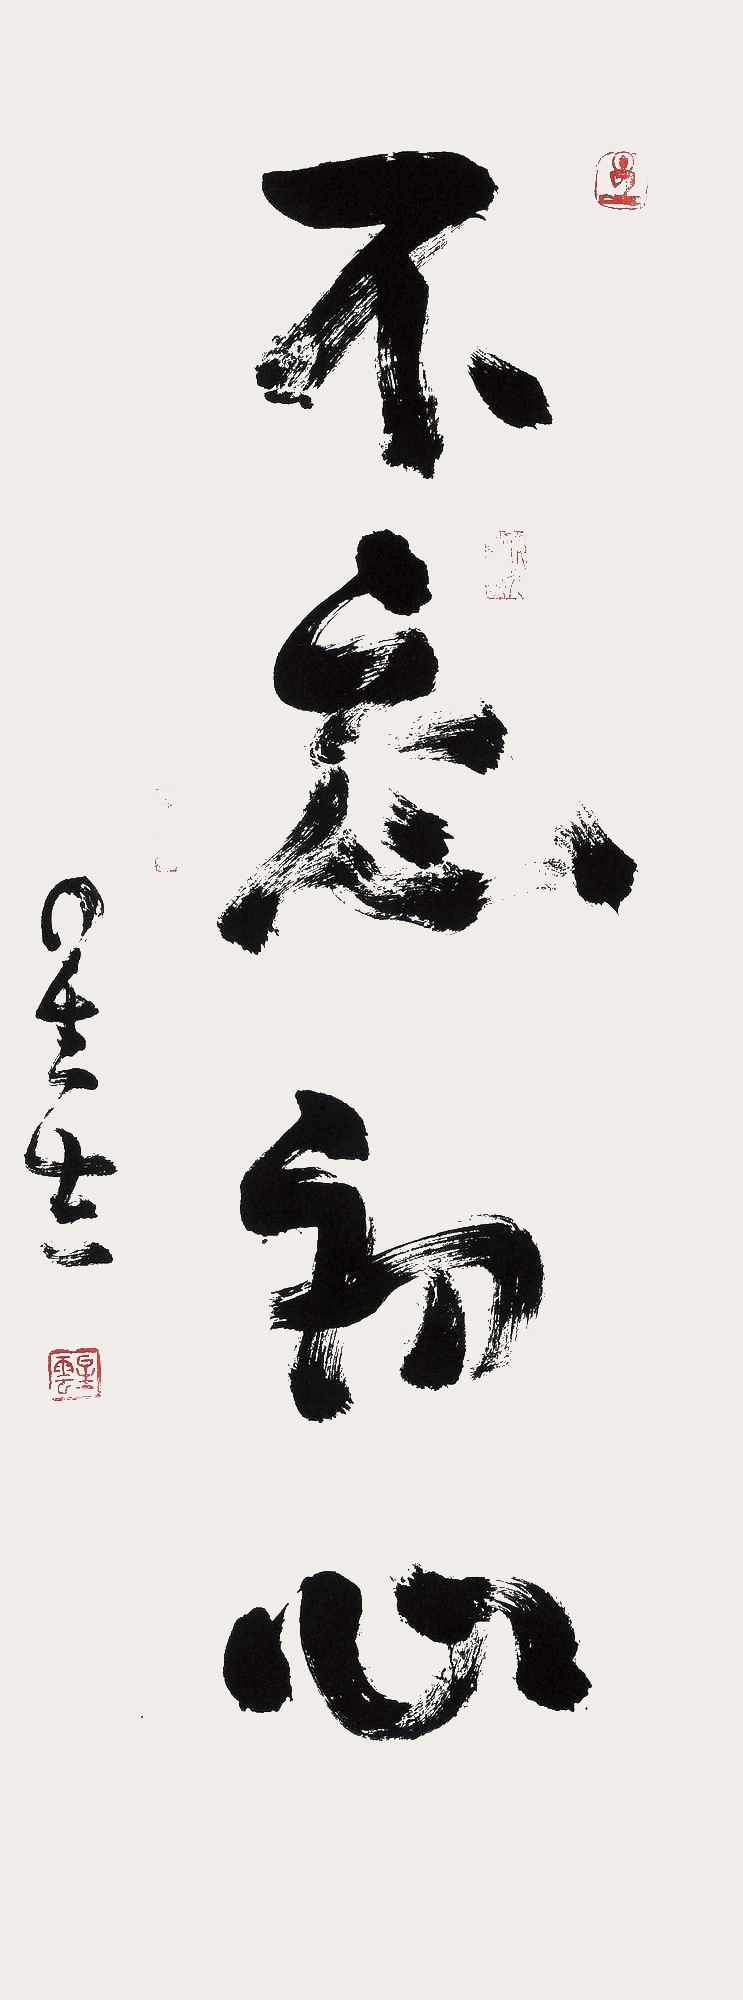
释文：不忘初心。星云。